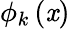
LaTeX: \phi_{k}\left(\mathit{x}\right)